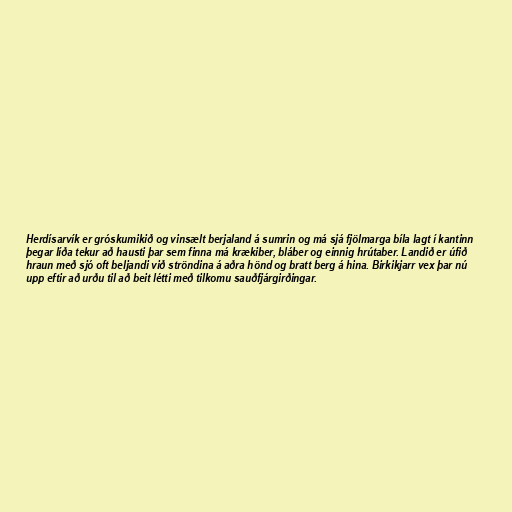
Herdísarvík er gróskumikið og vinsælt berjaland á sumrin og má sjá fjölmarga bíla lagt í kantinn
þegar líða tekur að hausti þar sem finna má krækiber, bláber og einnig hrútaber. Landið er úfið
hraun með sjó oft beljandi við ströndina á aðra hönd og bratt berg á hina. Birkikjarr vex þar nú
upp eftir að urðu til að beit létti með tilkomu sauðfjárgirðingar.